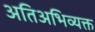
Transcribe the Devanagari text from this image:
अतिअभिव्यक्त